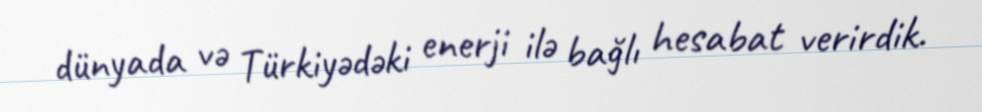
dünyada və Türkiyədəki enerji ilə bağlı hesabat verirdik.